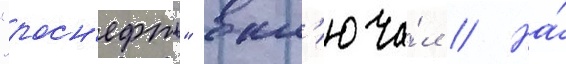
"росн'ефть" вкл'юча́л // На́